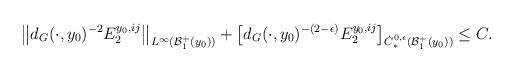
LaTeX: \begin{align*}\left\|d_G(\cdot,y_0)^{-2}E^{y_0,ij}_2\right\|_{L^\infty(\mathcal{B}_{1}^+(y_0))}+\left[d_G(\cdot,y_0)^{-(2-\epsilon)}E^{y_0,ij}_2\right]_{\dot{C}^{0,\epsilon}_\ast(\mathcal{B}_{1}^+(y_0))}\leq C.\end{align*}